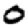
Digit: 0